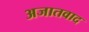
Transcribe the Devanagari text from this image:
अजातवाद